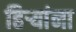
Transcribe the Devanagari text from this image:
हिऱ्यांना